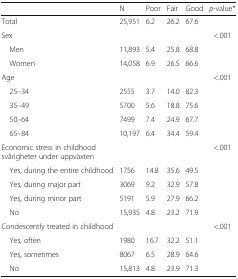
|  | N | Poor | Fair | Good | p-value* |
 | --- | --- | --- | --- | --- | --- |
 | Total | 25,951 | 6.2 | 26.2 | 67.6 |  |
 | Sex |  |  |  |  | <.001 |
 | Men | 11,893 | 5.4 | 25.8 | 68.8 |  |
 | Women | 14,058 | 6.9 | 26.5 | 66.6 |  |
 | Age |  |  |  |  | <.001 |
 | 25–34 | 2555 | 3.7 | 14.0 | 82.3 |  |
 | 35–49 | 5700 | 5.6 | 18.8 | 75.6 |  |
 | 50–64 | 7499 | 7.4 | 24.9 | 67.7 |  |
 | 65–84 | 10,197 | 6.4 | 34.4 | 59.4 |  |
 | Economic stress in childhood svårigheter under uppväxten |  |  |  |  | <.001 |
 | Yes, during the entire childhood | 1756 | 14.8 | 35.6 | 49.5 |  |
 | Yes, during major part | 3069 | 9.2 | 32.9 | 57.8 |  |
 | Yes, during minor part | 5191 | 5.9 | 27.9 | 66.2 |  |
 | No | 15,935 | 4.8 | 23.2 | 71.9 |  |
 | Condescently treated in childhood |  |  |  |  | <.001 |
 | Yes, often | 1980 | 16.7 | 32.2 | 51.1 |  |
 | Yes, sometimes | 8067 | 6.5 | 28.9 | 64.6 |  |
 | No | 15,813 | 4.8 | 23.9 | 71.3 |  |